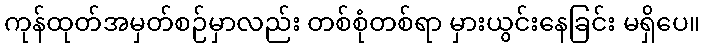
ကုန်ထုတ်အမှတ်စဉ်မှာလည်း တစ်စုံတစ်ရာ မှားယွင်းနေခြင်း မရှိပေ။